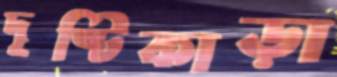
দৃষ্টিকাড়া